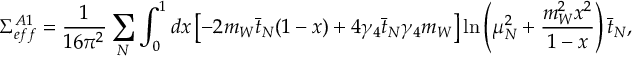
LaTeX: \Sigma _ { e f f } ^ { A 1 } = \frac { 1 } { 1 6 \pi ^ { 2 } } \sum _ { N } \int _ { 0 } ^ { 1 } d x \left[ - 2 m _ { W } \bar { t } _ { N } ( 1 - x ) + 4 \gamma _ { 4 } \bar { t } _ { N } \gamma _ { 4 } m _ { W } \right] \ln \left( \mu _ { N } ^ { 2 } + \frac { m _ { W } ^ { 2 } x ^ { 2 } } { 1 - x } \right) \bar { t } _ { N } ,